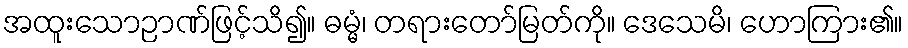
အထူးသောဉာဏ်ဖြင့်သိ၍။ ဓမ္မံ၊ တရားတော်မြတ်ကို။ ဒေသေမိ၊ ဟောကြား၏။